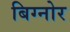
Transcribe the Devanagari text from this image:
बिग्नोर